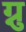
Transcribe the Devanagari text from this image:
ग्नु